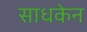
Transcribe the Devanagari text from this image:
साधकेन